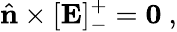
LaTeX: \hat{\mathbf{n}}\times[\mathbf{E}]_{-}^{+}=\mathbf{0}~,